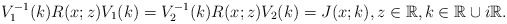
\begin{align*}V_1^{-1}(k) R(x;z) V_1(k)=V_2^{-1}(k) R(x;z) V_2(k)=J(x;k),z \in \mathbb{R}, k \in \mathbb{R} \cup i \mathbb{R}.\end{align*}